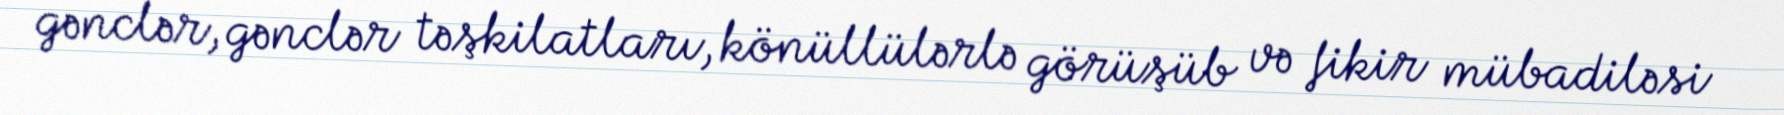
gənclər, gənclər təşkilatları, könüllülərlə görüşüb və fikir mübadiləsi